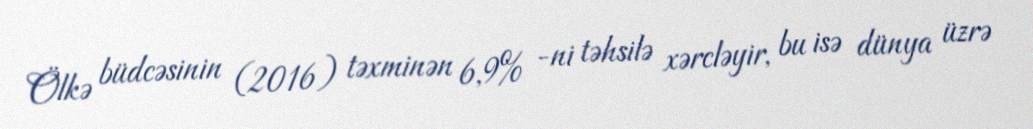
Ölkə büdcəsinin (2016) təxminən 6,9% -ni təhsilə xərcləyir, bu isə dünya üzrə